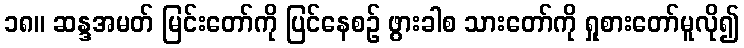
၁၈။ ဆန္ဒအမတ် မြင်းတော်ကို ပြင်နေစဉ် ဖွားခါစ သားတော်ကို ရှုစားတော်မူလို၍